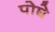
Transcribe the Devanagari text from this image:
पोघे